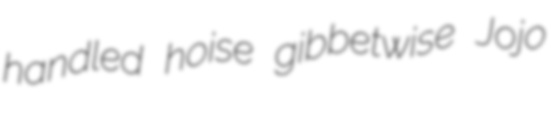
handled hoise gibbetwise Jojo